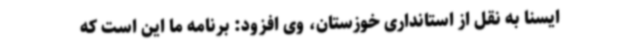
ایسنا به نقل از استانداری خوزستان، وی افزود: برنامه ما این است که